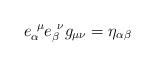
LaTeX: \begin{align*}e_\alpha^{\ \mu}e_\beta^{\ \nu}g_{\mu\nu}=\eta_{\alpha\beta}\end{align*}